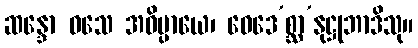
ဆန္ဒော ဝသေ အဓိပ္ပာယေ၊ ဝေဒေ’စ္ဆာ’နုဋ္ဌုဘာဒိသု။